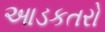
આડકતરો